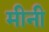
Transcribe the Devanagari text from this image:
मीनी